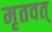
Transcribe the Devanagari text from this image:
मृतवत्